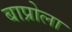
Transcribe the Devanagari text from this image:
बाप्रोला